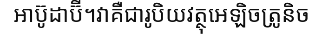
អាប៊ូដាប៊ី។វាគឺជារូបិយវត្ថុអេឡិចត្រូនិច